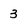
Character: 3